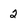
Character: 2